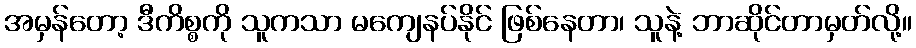
အမှန်တော့ ဒီကိစ္စကို သူကသာ မကျေနပ်နိုင် ဖြစ်နေတာ၊ သူနဲ့ ဘာဆိုင်တာမှတ်လို့။